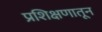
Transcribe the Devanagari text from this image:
प्रशिक्षणातून